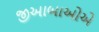
જીઆબાઓએ